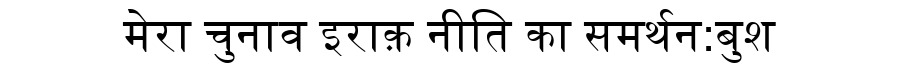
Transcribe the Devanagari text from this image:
मेरा चुनाव इराक़ नीति का समर्थन:बुश